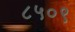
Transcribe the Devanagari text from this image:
८५०९